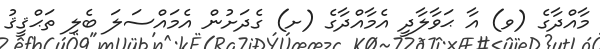
މާއްދާގެ (ވ) އާ ޙަވާލާދީ އެމާއްދާގެ (ށ) ގެދަށުން އެމައްސަލަ ބެލި ތަޙްޤީޤު